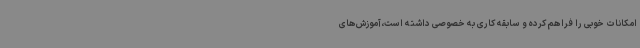
امکانات خوبی را فراهم کرده و سابقه کاری‌ به خصوصی داشته است،آموزش‌های